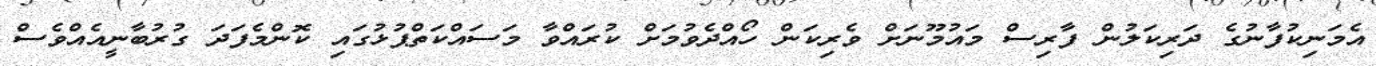
އެމަނިކުފާނުގެ ދަރިކަލުން ފާރިސް މައުމޫނަށް ވެރިކަން ހޯއްދެވުމަށް ކުރައްވާ މަސައްކަތްޕުޅުގައި ކޮންމެފަދަ ގުރުބާނީއެއްވެސް